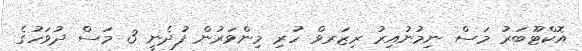
އޮކްޓޫބަރު މަސް ނިމުނުއިރު ރިޒަރވް ހުރި މިންވަރުން ފުދެނީ 3 މަސް ދުވަހުގެ